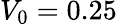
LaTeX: V_{0}=0.25